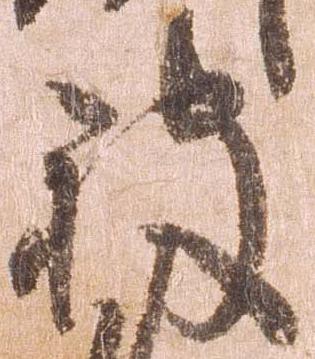
披